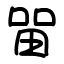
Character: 㽞